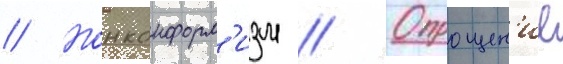
// Нонконформ'изм // Опрощен'ие